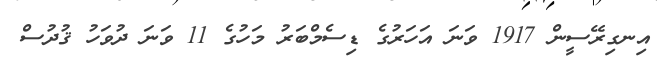
އިނގިރޭސީން 1917 ވަނަ އަހަރުގެ ޑިސެމްބަރު މަހުގެ 11 ވަނަ ދުވަހު ޤުދުސް